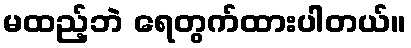
မထည့်ဘဲ ရေတွက်ထားပါတယ်။